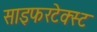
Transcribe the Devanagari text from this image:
साइफरटेक्स्ट